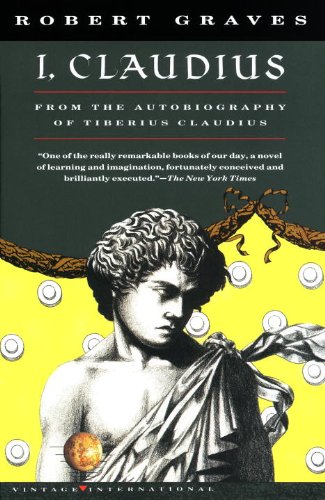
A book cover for I, Claudius (Turtleback School & Library Binding Edition); Robert Graves; Teen & Young Adult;